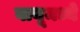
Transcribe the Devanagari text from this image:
वायूमध्ये